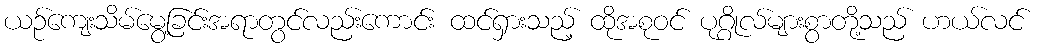
ယဉ်ကျေးသိမ်မွေ့ခြင်းအရာတွင်လည်းကောင်း ထင်ရှားသည့် ထိုအစုဝင် ပုဂ္ဂိုလ်များစွာတို့သည် ဟယ်လင်